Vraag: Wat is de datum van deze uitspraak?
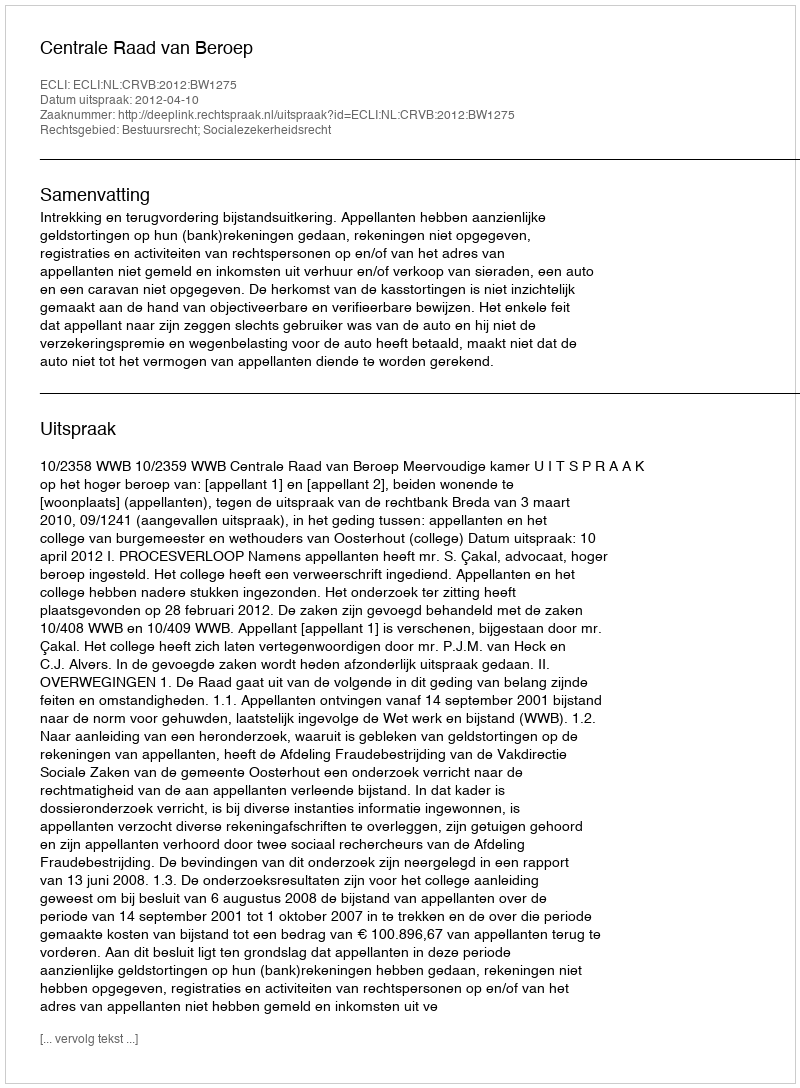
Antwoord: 2012-04-10